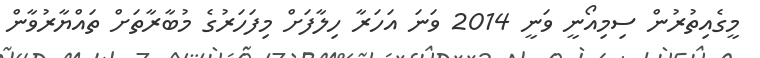
މީގެއިތުރުން ސިމިއޯނީ ވަނީ 2014 ވަނަ އަހަރާ ހިލާފަށް މިފަހަރުގެ މުބާރާތަށް ތައްޔާރުވާން